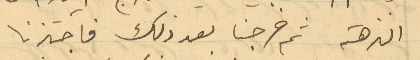
النزهة ثم خرجنا بعد ذلك فاجتزنا